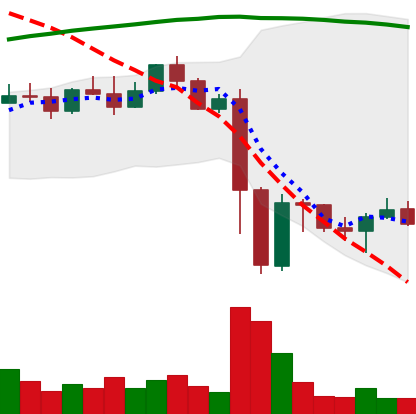
Ticker: EOS-USD
Chart end date: 2022-11-16
Forward return: -5.7%
Label: down_5_7